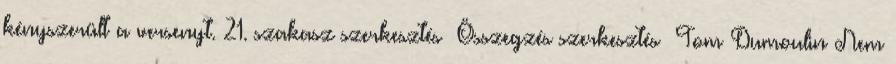
kényszerült a versenyt. 21. szakasz szerkesztés Összegzés szerkesztés Tom Dumoulin Nem